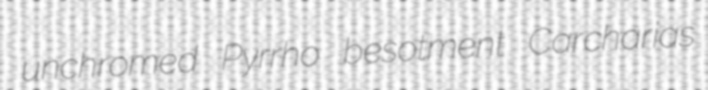
unchromed Pyrrho besotment Carcharias